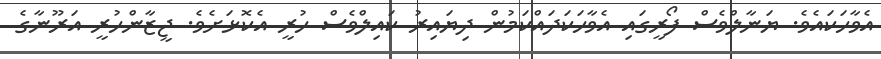
އެވާހަކައެވެ. ޔަނާލްވެސް ފޯރީގައި އެވާހަަކަދައްކަމުން ދިޔައިރު ކައިލްވެސް ހުރީ އެކޮޅަށެވެ. ޖީޒާންހުރީ އަރޫނާގެ